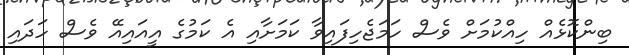
ބިންކޮޅެއް ހިއްކުމަށް ވެސް ހަމަޖެހިފައިވާ ކަމަށާއި އެ ކަމުގެ އީއައިއޭ ވެސް ހަދައި